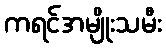
ကရင်အမျိုးသမီး